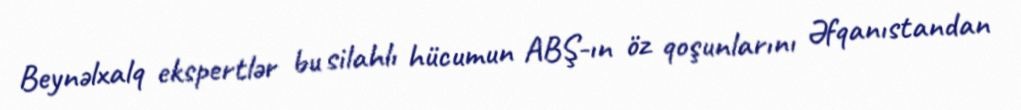
Beynəlxalq ekspertlər bu silahlı hücumun ABŞ-ın öz qoşunlarını Əfqanıstandan